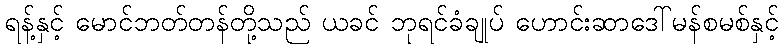
ရန့်နှင့် မောင်ဘတ်တန်တို့သည် ယခင် ဘုရင်ခံချုပ် ဟောင်းဆာဒေါ်မန်စမစ်နှင့်